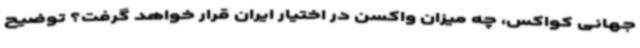
جهانی کواکس، چه میزان واکسن در اختیار ایران قرار خواهد گرفت؟ توضیح